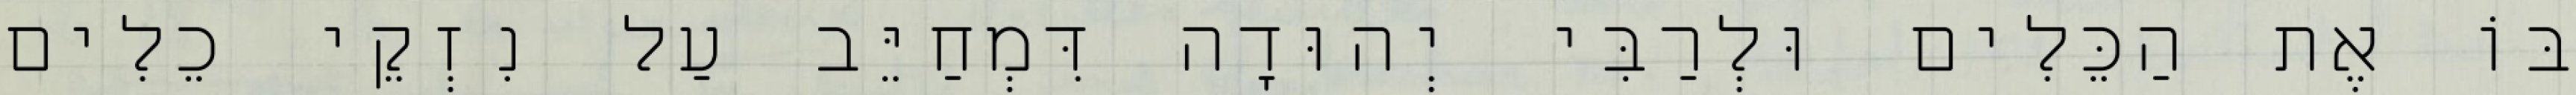
בּוֹ אֶת הַכֵּלִים וּלְרַבִּי יְהוּדָה דִּמְחַיֵּב עַל נִזְקֵי כֵלִים